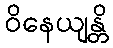
ဝိနေယျန္တိ